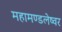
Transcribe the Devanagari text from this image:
महामण्डलेष्वर